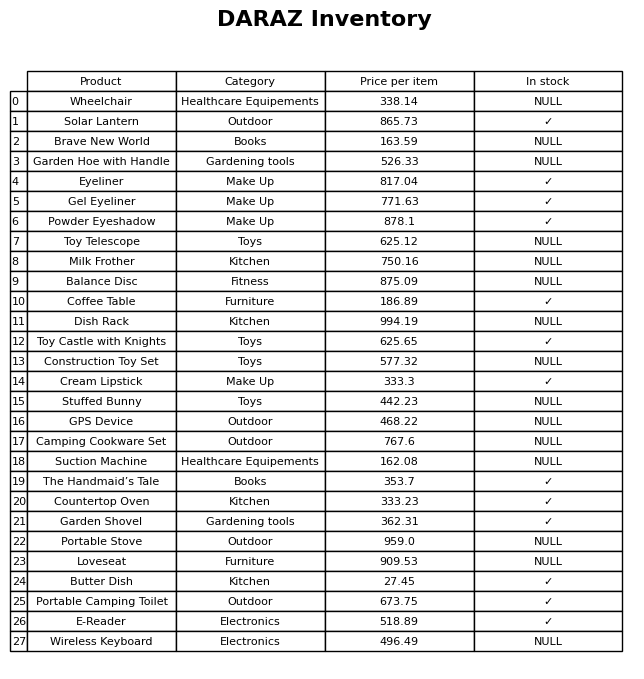
question: What is the price for Coffee Table?
answer: The price of Coffee Table is 186.89.